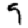
Digit: 9